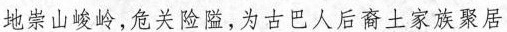
地崇山峻岭，危关险隘为古巴人后裔土家族聚居